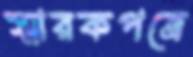
স্মারকপত্রে